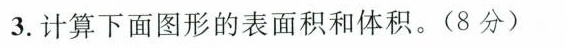
3.计算下面图形的表面积和体积。(8分)